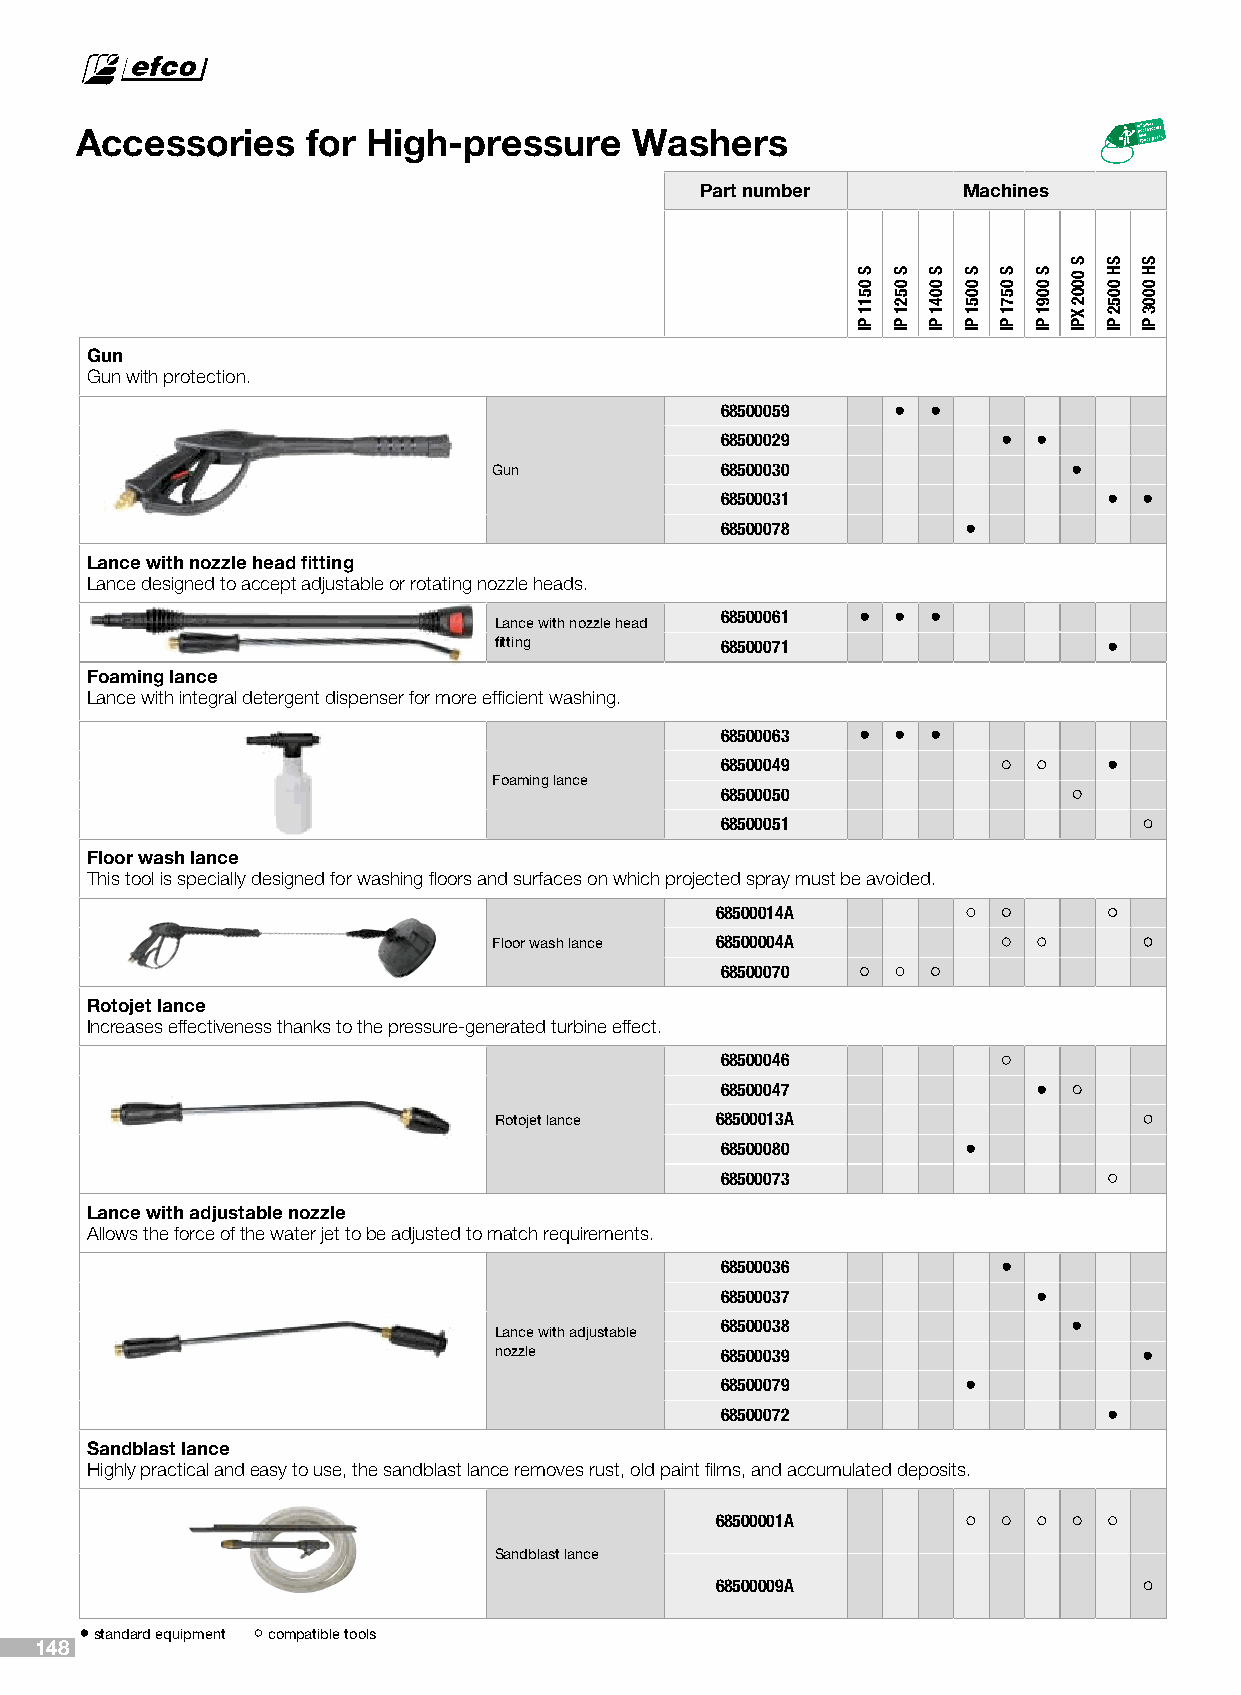
Accessories    for High-pressure     Washers
 Part number       Machines
 Gun
 Gun with protection.
 68500059   •  •
 68500029          •  •
 Gun            68500030               •
 68500031                 •  •
 68500078        •
 Lance with nozzle head fitting
 Lance designed to accept adjustable or rotating nozzle heads.
 68500061 • •  •
 Lance with nozzle head
 fitting        68500071                 •
 Foaming lance
 Lance with integral detergent dispenser for more efficient washing.
 68500063 • •  •
 68500049                 •
 Foaming lance
 68500050
 68500051
 Floor wash lance
 This tool is specially designed for washing floors and surfaces on which projected spray must be avoided.
 68500014A
 Floor wash lance 68500004A
 68500070
 Rotojet lance
 Increases effectiveness thanks to the pressure-generated turbine effect.
 68500046
 68500047             •
 Rotojet lance 68500013A
 68500080        •
 68500073
 Lance with adjustable nozzle
 Allows the force of the water jet to be adjusted to match requirements.
 68500036          •
 68500037             •
 68500038               •
 Lance with adjustable
 nozzle         68500039                    •
 68500079        •
 68500072                 •
 Sandblast lance
 Highly practical and easy to use, the sandblast lance removes rust, old paint films, and accumulated deposits.
 68500001A
 Sandblast lance
 68500009A
 standard equipment compatible tools
 148
 S
 0511
 PI
 S
 0521
 PI
 S
 0041
 PI
 S
 0051
 PI
 S
 0571
 PI
 S
 0091
 PI
 S
 0002
 XPI
 SH
 0052
 PI
 SH
 0003
 PI